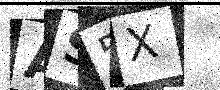
Text: AS5X